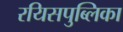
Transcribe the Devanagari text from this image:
रयिसपुब्लिका